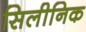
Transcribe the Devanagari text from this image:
सिलीनिक